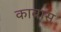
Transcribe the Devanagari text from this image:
काबास